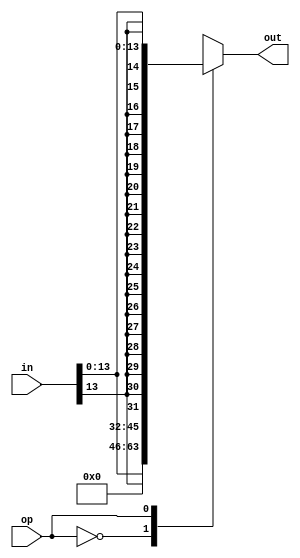
module extender (in,op,out);
    input [15:0] in;
    input op;
    output reg [31:0] out; 
	
    always @(*) begin
        case (op)
            1'b0: out = {18'b0, in[13:0]}; // unsigned 
            1'b1: out = {{18{in[13]}}, in[13:0]}; // signed 
        endcase
    end
endmodule